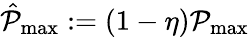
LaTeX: \hat{\mathcal{P}}_{\operatorname*{max}}:=(1-\eta)\mathcal{P}_{\operatorname*{max}}